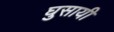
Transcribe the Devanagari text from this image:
घुसायी